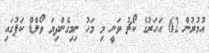
އުމުރުން 62 އަހަރުގެ ކޯޗު ވަނީ މި މަހު ނިމިގެންދިޔަ ވޯލްޑް ކަޕުގައި